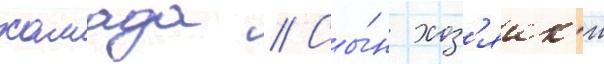
хамада // Сы́н хоз'яик'и